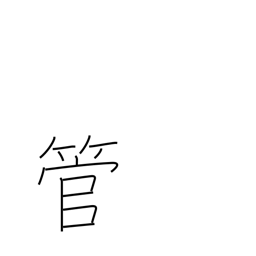
Meaning: drunken talk